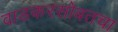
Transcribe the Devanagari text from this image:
वाडकरसोबतचा